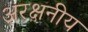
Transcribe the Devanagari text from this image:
अरक्षनीय